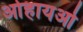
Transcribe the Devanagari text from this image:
ओहायओ